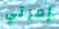
إمرتي